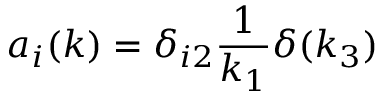
a _ { i } ( k ) = \delta _ { i 2 } \frac { 1 } { k _ { 1 } } \delta ( k _ { 3 } )